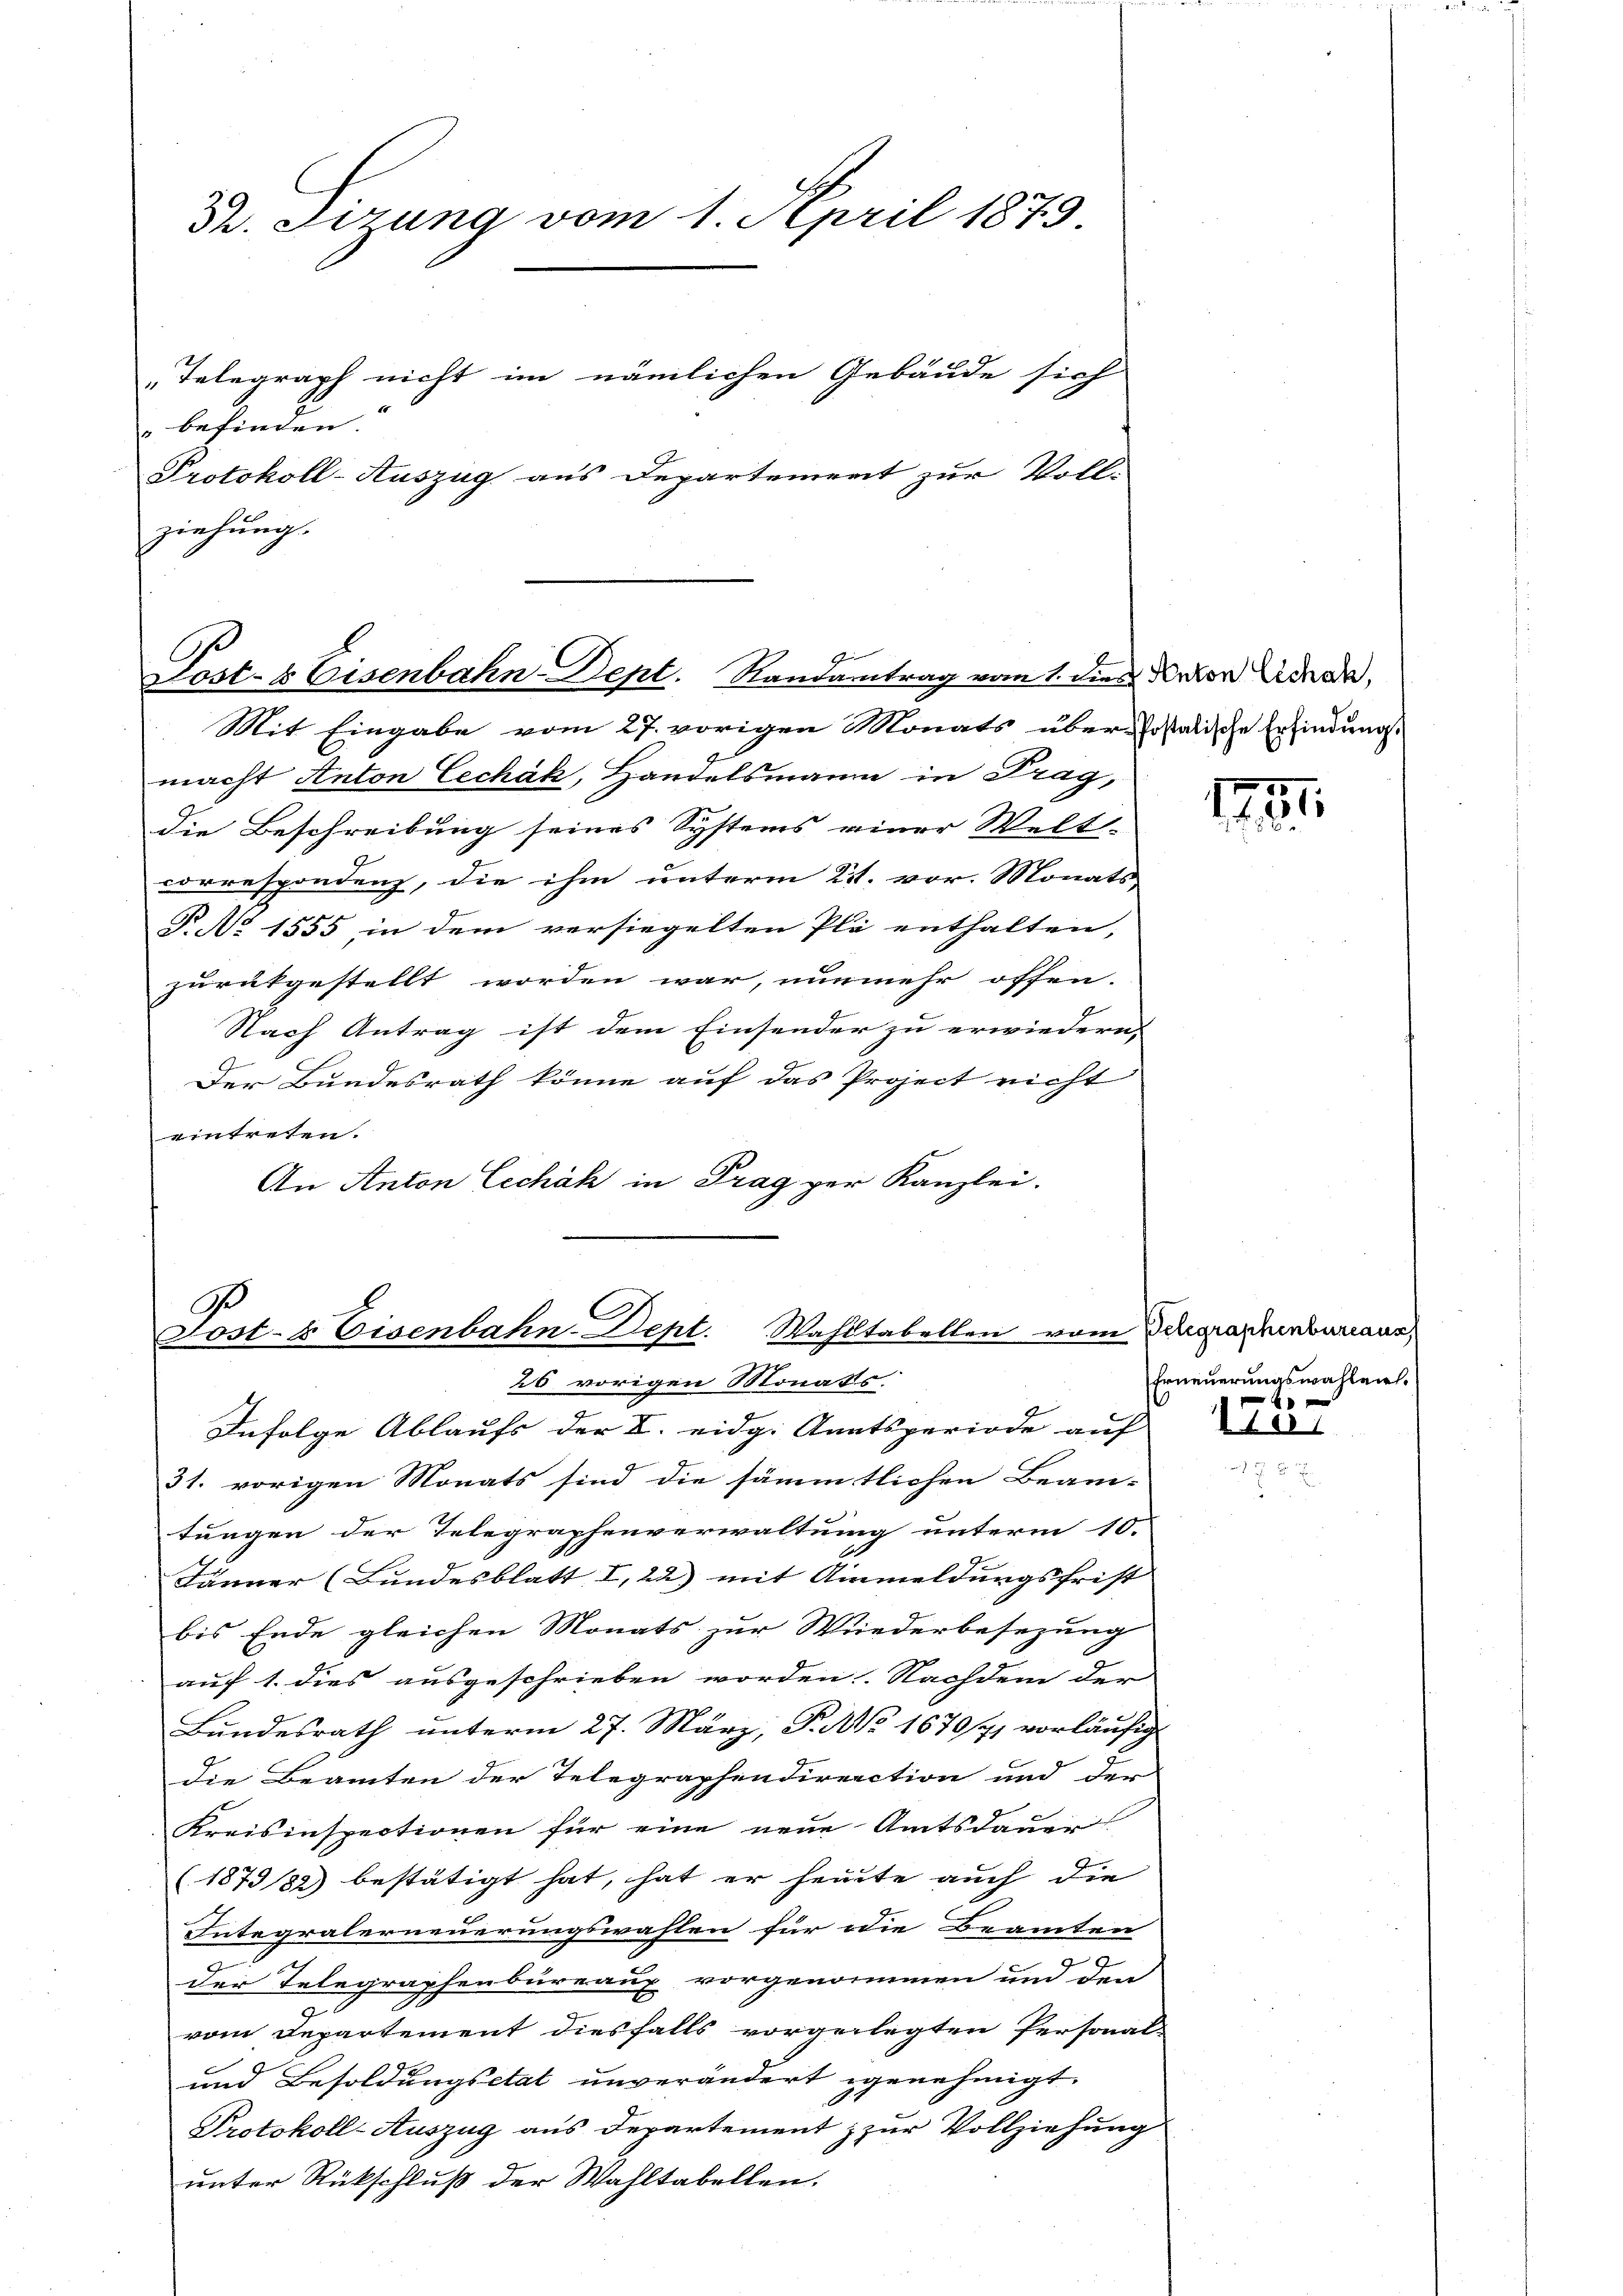
Th. Sizung vom 1. April 1879

" befinden. |
ziehung.

„Telegraph nicht im nämlichen Gebäude sich
Protokoll-Auszug aus Departement zur Voll-

Mit Eingabe vom 27. vorigen Monats über Jostatische Erfindungs-
macht Anton Lechäh, Handelsmann in Prag,
die Beschreibung seines Systems einer Welt-
correspondenz, die ihm unterm 21. vor. Monats
P No 1555 in dem versiegelten Plä enthalten,
zurükgestellt worden war, nunmehr offen-
.
Nach Antrag ist dem Einsender zu erwiedern,
9
Der Bundesrath könne auf das Project nicht
eintreten.
An Anton Lechák in Prag per Kanzlei.

Lost- & Eisenbahn-Dept. Randantrag vom 1. dies Peter Acade

Fest- & Eisenbahn-Dept. Wahltabellen vom Odagraphenbureaur,
26 vorigen Monats.
Infolge Ablaufs der V. eidg. Amatsperiode auf |

31. vorigen Monats sind die sämmtlichen Beam-
tungen der Telegraphenverwaltung unterm 10.
Jänner (Bundesblatt I, 22) mit Anmeldungsfrist |
bis Ende gleichen Monats zur Wiederbesezung
auf 1. dies ausgeschrieben worden. Nachdem der
Bundesrath unterm 27. März, P. Nr. 1670/71 vorläufig
die Beamten der Telegraphendirection und der
Kreisinspectionen für eine neue Amtsdauer
(1873/82) bestätigt hat, hat er heute auch die
Integralerneuerungswahlen für die Beamten
der Telegraphenbureaux vorgenommen und den
vom Departement diesfalls vorgelegten Personal-
und Besoldungsetat unverändert genehmigt.
Protokoll-Auszug aus Departement & zur Vollziehung
unter Rückschluß der Wahltabellen.

17

Erneuerungswahlen.

110